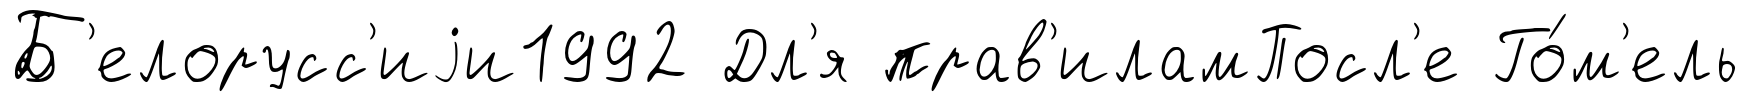
Б'елорусс'иjи1992 Дл'я прав'иламПосл'е Го́м'ель